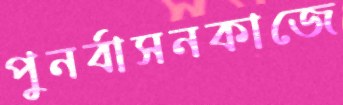
পুনর্বাসনকাজে